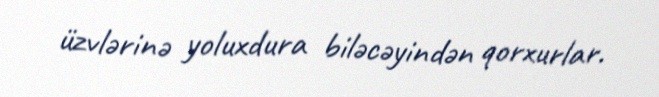
üzvlərinə yoluxdura biləcəyindən qorxurlar.